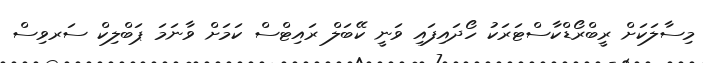
މިސާލަކަށް ރީބްރޯޑްކާސްޓަރަކު ހޯދައިފައި ވަނީ ކޭބަލް ރައިޓްސް ކަމަށް ވާނަމަ ޕަބްލިކް ސަރވިސް